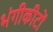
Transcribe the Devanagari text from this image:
भंगीकीटों